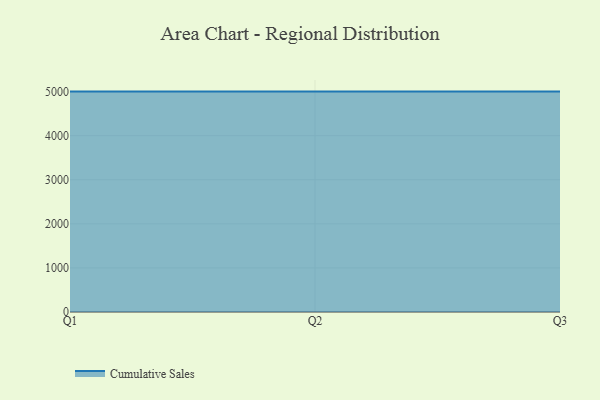
{"axis": {"x": "Quarter", "y": "Churn Rate (%)"}, "legend": ["Cumulative Sales"], "data": [{"x": "Q1", "y": 5000, "type": "Cumulative Sales"}, {"x": "Q2", "y": 5000, "type": "Cumulative Sales"}, {"x": "Q3", "y": 5000, "type": "Cumulative Sales"}]}